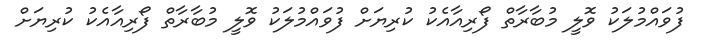
ފުވައްމުލަކު ވޮލީ މުބާރާތް ފޯރިއާއެކު ކުރިޔަށް ފުވައްމުލަކު ވޮލީ މުބާރާތް ފޯރިއާއެކު ކުރިޔަށް